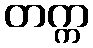
တက္က